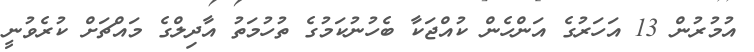
އުމުރުން 13 އަހަރުގެ އަންހެން ކުއްޖަކާ ބެހުނުކަމުގެ ތުހުމަތު އާދިލްގެ މައްޗަށް ކުރެވުނީ